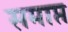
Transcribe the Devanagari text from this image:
समाप्त